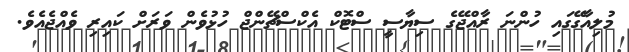
މުލިއާގޭގައި ހުންނަ ރާއްޖޭގެ ސިޔާސީ ސްޓޮކް އެކްސްޗޭންޖް ހުޅުވެން ވަަރަށް ކައިރި ވެއްޖެއެވެ.